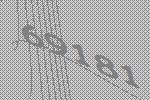
69181